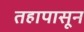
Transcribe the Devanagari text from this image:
तहापासून